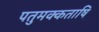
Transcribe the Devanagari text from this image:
पतुमक्कताष़ि